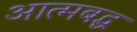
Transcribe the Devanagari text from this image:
आत्मबद्ध